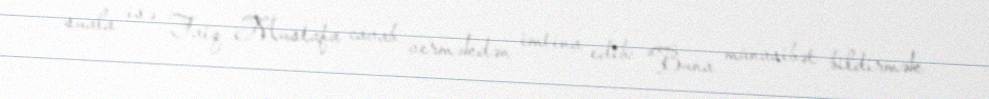
suala isə Faiq Mustafa cavab verməkdən imtina edib: “Buna münasibət bildirmək